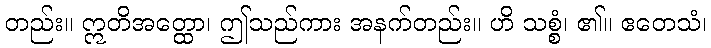
တည်း။ ဣတိအတ္ထော၊ ဤသည်ကား အနက်တည်း။ ဟိ သစ္စံ၊ ၏။ ဧတေသံ၊